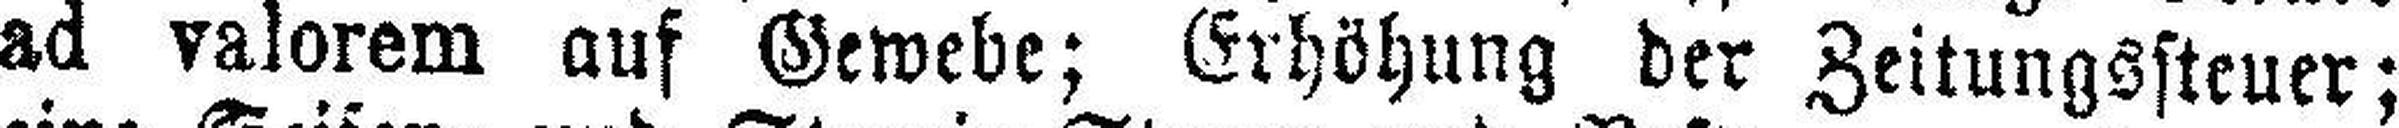
ad valorem auf Gewebe; Erhöhung der Zeitungssteuer;